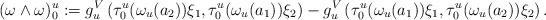
LaTeX: \begin{align*}(\omega\wedge\omega)_0^u:=g^V_u\left(\tau_0^u(\omega_u(a_2))\xi_1,\tau_0^u(\omega_u(a_1))\xi_2\right)-g^V_u\left(\tau_0^u(\omega_u(a_1))\xi_1,\tau_0^u(\omega_u(a_2))\xi_2\right).\end{align*}